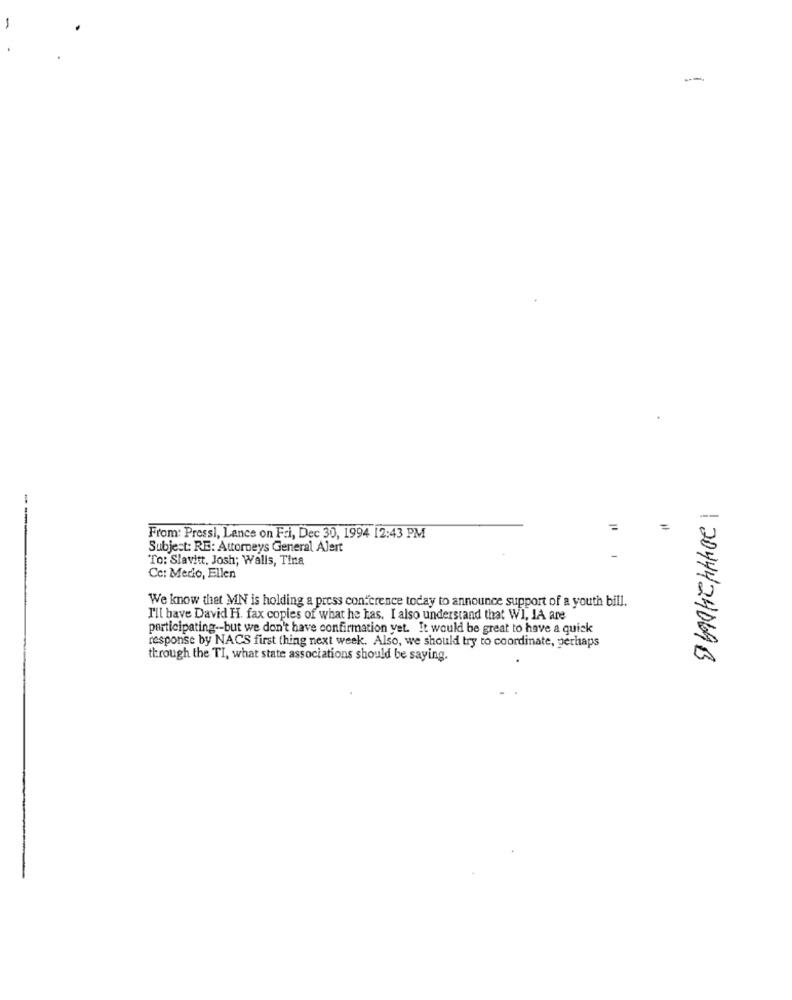
-
-
=
---
From: Pressi, Lance on Fri, Dec 30, 1994 12:43 PM
Subject: RE: Attorneys General Alert
To: Slavitt, Josh; Walls, Tina
Cc: Medo, Ellen
We know that MN is holding a press conference today to announce support of a youth bill.
I'll bave David H. fax copies of what he has. I also understand that WI, IA are
participating -- but we don't have confirmation yet. It would be great to have a quick
response by NACS first thing next week. Also, we should try to coordinate, perhaps
through the TI, what state associations should be saying.
/ 2044424069B